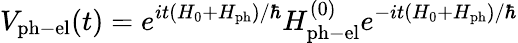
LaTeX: V_{\mathrm{ph-el}}(t)=e^{it(H_{0}+H_{\mathrm{ph}})/\hbar}H_{\mathrm{ph-el}}^{(0)}e^{-it(H_{0}+H_{\mathrm{ph}})/\hbar}